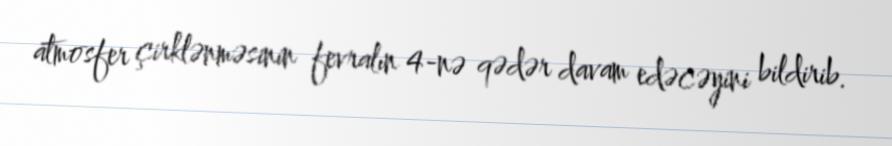
atmosfer çirklənməsinin fevralın 4-nə qədər davam edəcəyini bildirib.